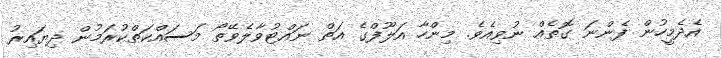
އެދެމީހުން ފެންނަ ގޮތެއް ނުވިއެވެ. މިންހާ އަލޫފްގެ އަތް ނައްޓުވާލެވޭތޯ މަސައްކަތްކުރަމުން ދިޔައިރު